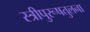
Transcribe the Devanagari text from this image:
स्त्रीपुरूषतुलना